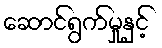
ဆောင်ရွက်မှုနှင့်